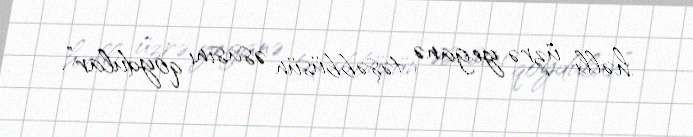
həlli üzrə yeganə təşəbbüsün əsasını qoydular”.